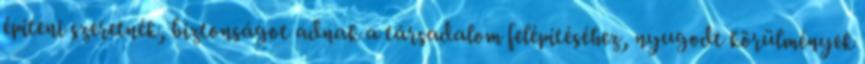
építeni szeretnék, biztonságot adnak a társadalom felépítéséhez, nyugodt körülmények